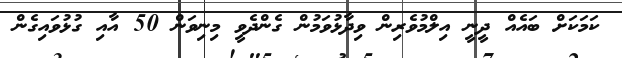
ކަމަކަށް ބައެއް ދީނީ އިލްމުވެރިން ވިދާޅުވަމުން ގެންދެވީ މިނިވަން 50 އާއި ގުޅުވައިގެން